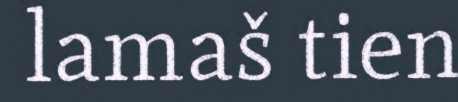
lamaš tien